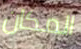
المكان